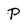
Character: P